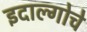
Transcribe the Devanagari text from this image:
इदाल्गोचे